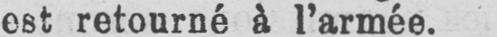
est retourné à l’armée.